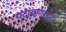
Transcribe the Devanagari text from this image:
पदत्यागानंतर